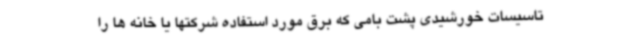
تاسیسات خورشیدی پشت بامی که برق مورد استفاده شرکتها یا خانه ها را